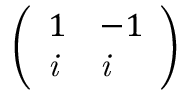
\left( \begin{array} { l l } { 1 } & { - 1 } \\ { \it { i } } & { \it { i } } \end{array} \right)